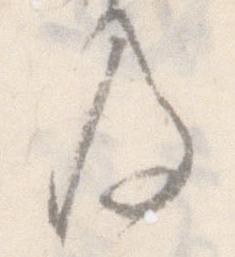
及